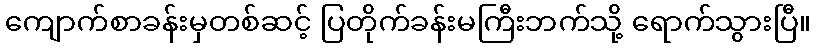
ကျောက်စာခန်းမှတစ်ဆင့် ပြတိုက်ခန်းမကြီးဘက်သို့ ရောက်သွားပြီ။